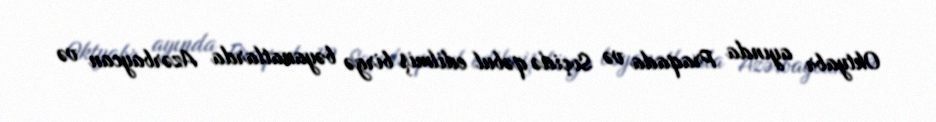
Oktyabr ayında Praqada və Soçidə qəbul edilmiş birgə bəyanatlarda Azərbaycan və